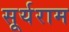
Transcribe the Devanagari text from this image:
सूर्यराम